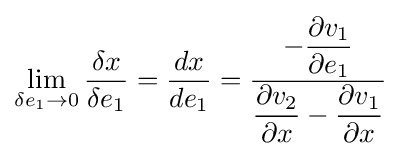
\lim _{\delta e_{1}\rightarrow 0}{\frac {\delta x}{\delta e_{1}}}={\frac {dx}{de_{1}}}={\dfrac {-{\dfrac {\partial v_{1}}{\partial e_{1}}}}{{\dfrac {\partial v_{2}}{\partial x}}-{\dfrac {\partial v_{1}}{\partial x}}}}